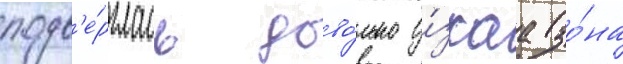
подв'е́рглась дово́льно у́зкаа зо́на